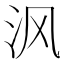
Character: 沨